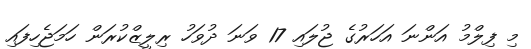
މި ފިލްމު އަންނަ އަހަރުގެ ޖުލައި 17 ވަނަ ދުވަހު ރިލީޒްކުރަން ހަމަޖެހިފައި